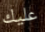
عليك